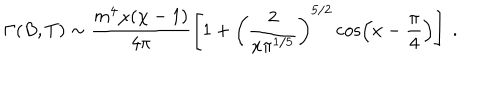
LaTeX: \Gamma ( B , T ) \sim \frac { m ^ { 4 } \chi ( \chi - 1 ) } { 4 \pi } \left[ 1 + \left( \frac { 2 } { x \pi ^ { 1 / 5 } } \right) ^ { 5 / 2 } \cos \left( x - \frac { \pi } { 4 } \right) \right] ~ .